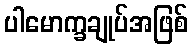
ပါမောက္ခချုပ်အဖြစ်